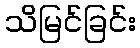
သိမြင်ခြင်း